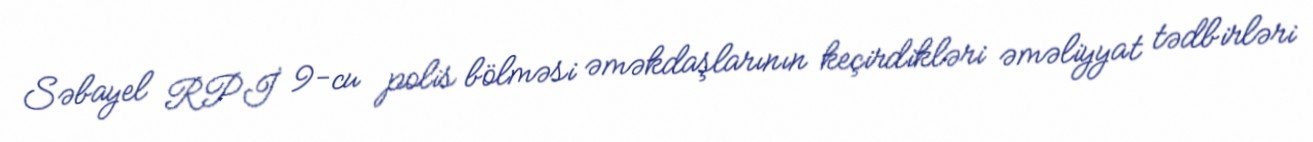
Səbayel RPİ 9-cu polis bölməsi əməkdaşlarının keçirdikləri əməliyyat tədbirləri